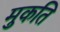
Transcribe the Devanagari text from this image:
मुकति